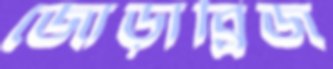
জোড়াব্রিজ